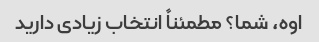
اوه، شما؟ مطمئناً انتخاب زیادی دارید